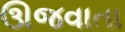
ઊજવાતા